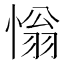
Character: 慃